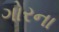
ગોરના